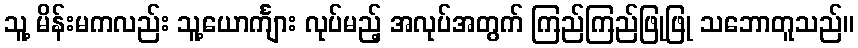
သူ့ မိန်းမကလည်း သူ့ယောင်္ကျား လုပ်မည့် အလုပ်အတွက် ကြည်ကြည်ဖြုဖြု သဘောတူသည်။